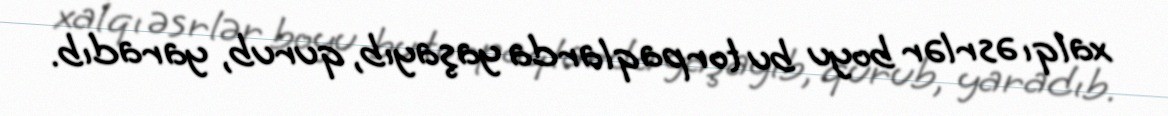
xalqı əsrlər boyu bu torpaqlarda yaşayıb, qurub, yaradıb.